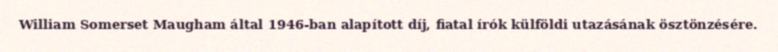
William Somerset Maugham által 1946-ban alapított díj, fiatal írók külföldi utazásának ösztönzésére.